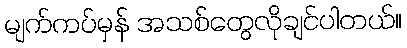
မျက်ကပ်မှန် အသစ်တွေလိုချင်ပါတယ်။